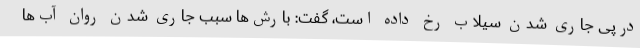
درپی جاری شدن سیلاب رخ داده است، گفت: بارش‌ها سبب جاری شدن روان آب‌ها